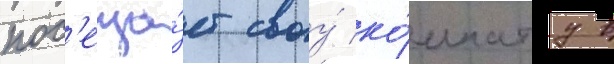
пос'еща́ет своу́ ко́мнату в